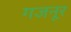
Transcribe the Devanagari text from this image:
गजनूर